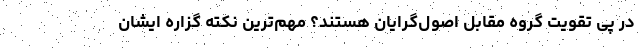
در پی تقویت گروه مقابل اصول‌گرایان هستند؟ مهم‌ترین نکته گزاره ایشان